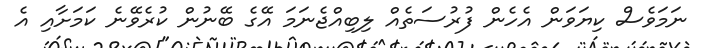
ނަމަވެސް ކިޔަވަން އެހެން ފުރުސަތެއް ލިބިއްޖެނަމަ އޭގެ ބޭނުން ކުރެވޭނެ ކަމަށާއި އެ